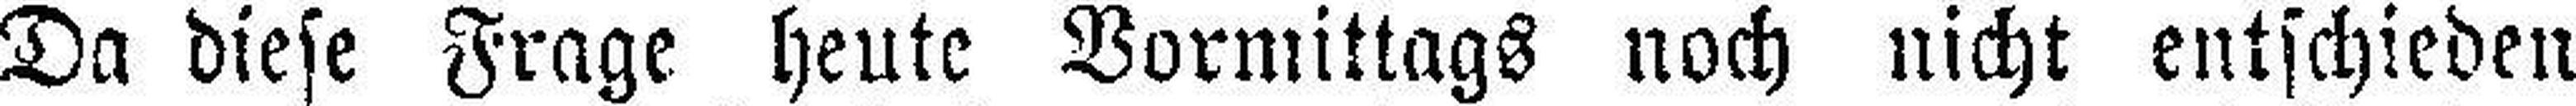
Da diese Frage heute Vormittags noch nicht entschieden